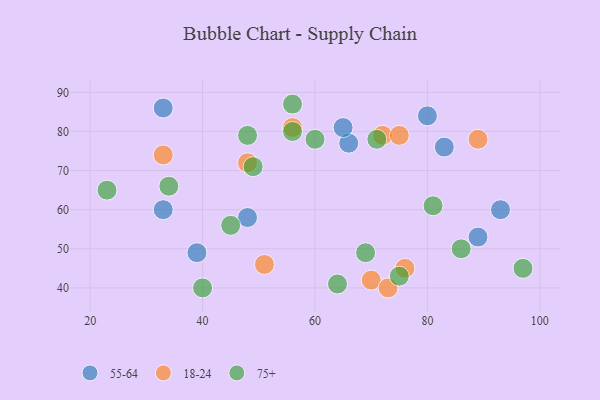
{"axis": {"x": "GDP", "y": "Life Expectancy"}, "legend": ["18-24", "55-64", "75+"], "data": [{"x": "93", "y": 60, "type": "55-64"}, {"x": "66", "y": 77, "type": "55-64"}, {"x": "48", "y": 58, "type": "55-64"}, {"x": "83", "y": 76, "type": "55-64"}, {"x": "33", "y": 86, "type": "55-64"}, {"x": "33", "y": 60, "type": "55-64"}, {"x": "39", "y": 49, "type": "55-64"}, {"x": "89", "y": 53, "type": "55-64"}, {"x": "80", "y": 84, "type": "55-64"}, {"x": "65", "y": 81, "type": "55-64"}, {"x": "89", "y": 78, "type": "18-24"}, {"x": "33", "y": 74, "type": "18-24"}, {"x": "70", "y": 42, "type": "18-24"}, {"x": "72", "y": 79, "type": "18-24"}, {"x": "56", "y": 81, "type": "18-24"}, {"x": "73", "y": 40, "type": "18-24"}, {"x": "51", "y": 46, "type": "18-24"}, {"x": "75", "y": 79, "type": "18-24"}, {"x": "48", "y": 72, "type": "18-24"}, {"x": "76", "y": 45, "type": "18-24"}, {"x": "86", "y": 50, "type": "75+"}, {"x": "69", "y": 49, "type": "75+"}, {"x": "60", "y": 78, "type": "75+"}, {"x": "81", "y": 61, "type": "75+"}, {"x": "45", "y": 56, "type": "75+"}, {"x": "48", "y": 79, "type": "75+"}, {"x": "71", "y": 78, "type": "75+"}, {"x": "75", "y": 43, "type": "75+"}, {"x": "34", "y": 66, "type": "75+"}, {"x": "56", "y": 87, "type": "75+"}, {"x": "64", "y": 41, "type": "75+"}, {"x": "49", "y": 71, "type": "75+"}, {"x": "23", "y": 65, "type": "75+"}, {"x": "56", "y": 80, "type": "75+"}, {"x": "40", "y": 40, "type": "75+"}, {"x": "97", "y": 45, "type": "75+"}]}